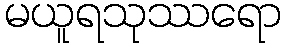
မယူရသုဿရော